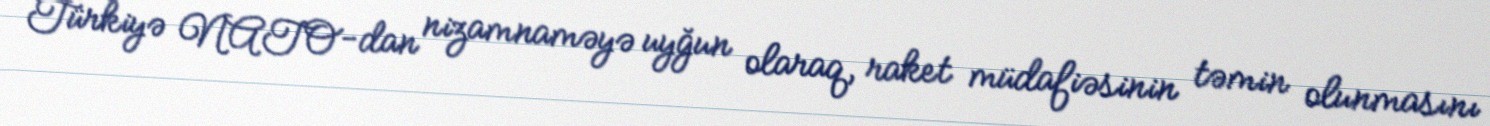
Türkiyə NATO-dan nizamnaməyə uyğun olaraq, raket müdafiəsinin təmin olunmasını